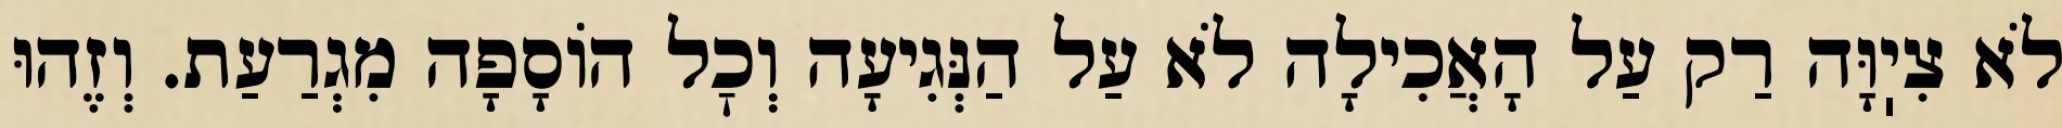
לֹא צִיֽוָּה רַק עַל הָאֲכִילָה לֹא עַל הַנְּגִיעָה וְכׇל הוֹסָפָה מִגְרַעַת. וְזֶהוּ